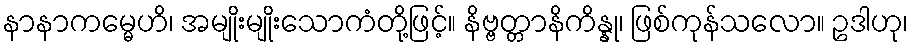
နာနာကမ္မေဟိ၊ အမျိုးမျိုးသောကံတို့ဖြင့်။ နိဗ္ဗတ္တာနိကိန္နု၊ ဖြစ်ကုန်သလော။ ဥဒါဟု၊